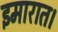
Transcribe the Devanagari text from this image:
इमारात।